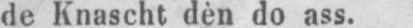
de Knascht dèn do ass.